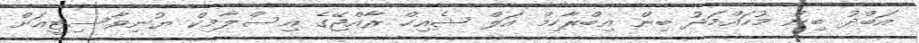
އަބްދު ބިން މުހައްމަދު ބިން އިބްރާހިމް އަލް ޝެއިހް ރާއްޖޭގެ އިސްލާމިކް ޔުނިވާސިޓީއަށް